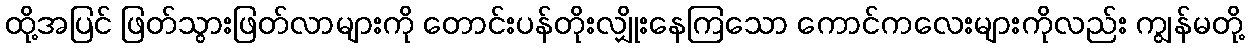
ထို့အပြင် ဖြတ်သွားဖြတ်လာများကို တောင်းပန်တိုးလျှိုးနေကြသော ကောင်ကလေးများကိုလည်း ကျွန်မတို့